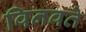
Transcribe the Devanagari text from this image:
विनवते